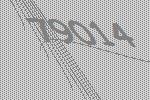
79014